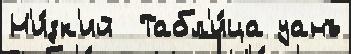
Н'и́зк'ий  Табл'и́ца уанъ